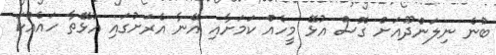
ބުނެ ނިލަންދޫއަށް ގޮސް އުޅޭ މީހެއް ކަމަށާއި އޭނާ އެރަށުގައި އުޅޭތާ ހައެއްކަ